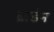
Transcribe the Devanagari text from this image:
ब्राडेन